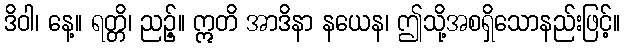
ဒိဝါ၊ နေ့။ ရတ္တိ၊ ညဉ့်။ ဣတိ အာဒိနာ နယေန၊ ဤသို့အစရှိသောနည်းဖြင့်။